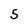
Character: 5